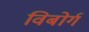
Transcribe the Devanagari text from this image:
विबोर्ग